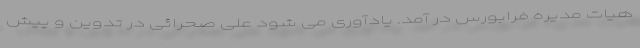
هیات مدیره فرابورس در آمد. یادآوری می شود علی صحرائی در تدوین و پیش